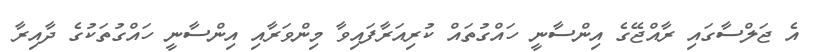
އެ ޖަލްސާގައި ރާއްޖޭގެ އިންސާނީ ހައްގުތައް ކުރިއަރާފައިވާ މިންވަރާއި އިންސާނީ ހައްގުތަކުގެ ދާއިރާ